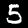
Digit: 5